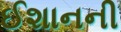
ઈશાનની